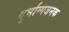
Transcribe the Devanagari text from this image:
दुर्भाग्यजनक